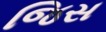
જિસ